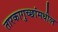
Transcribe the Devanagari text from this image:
तारकागुच्छांमधील